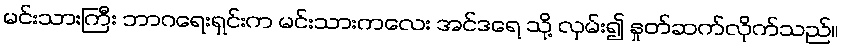
မင်းသားကြီး ဘာဂရေးရှင်းက မင်းသားကလေး အင်ဒရေ သို့ လှမ်း၍ နှုတ်ဆက်လိုက်သည်။